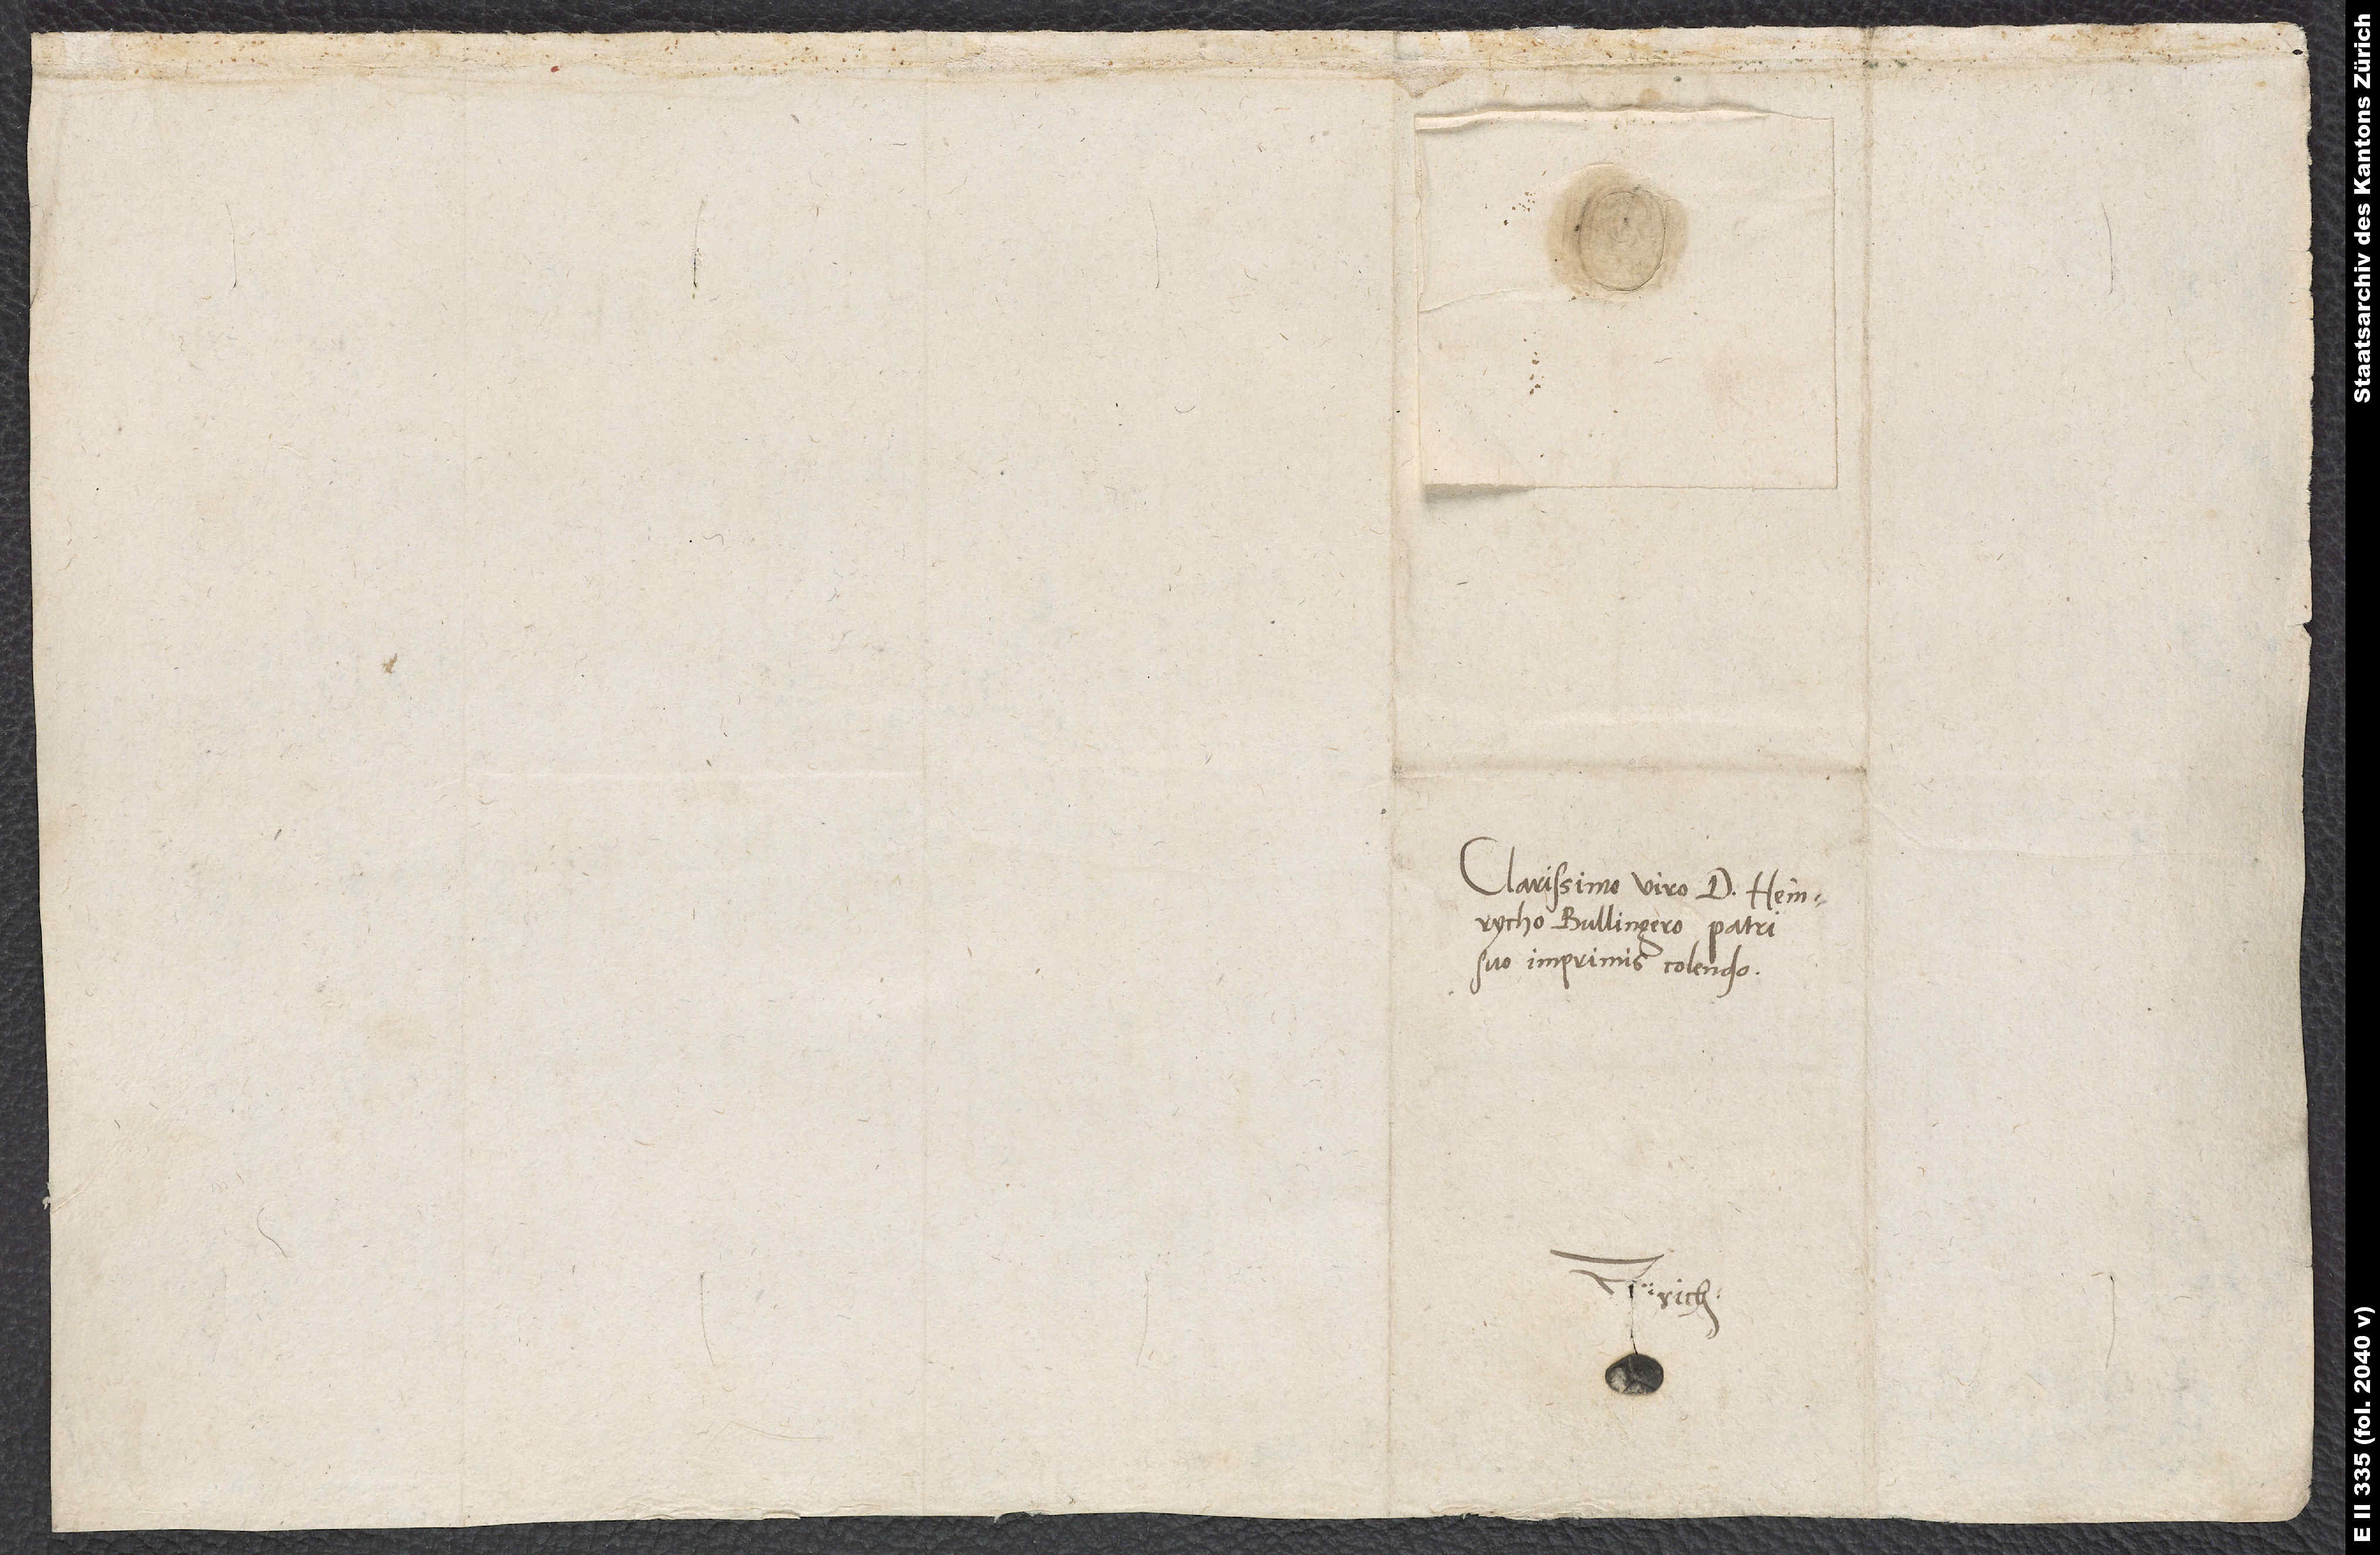
Clarissimo viro d. Heinrycho
Bullingero, patri
suo imprimis colendo.